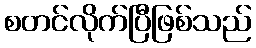
စတင်လိုက်ပြီဖြစ်သည်